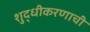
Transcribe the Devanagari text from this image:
शुद्धीकरणाची